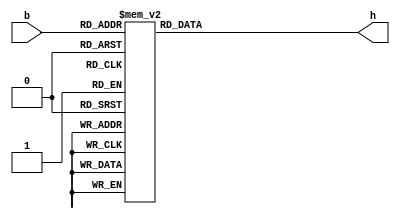
module bcd7seg(
	 input  [3:0] b,
	 output reg [6:0] h
	 );

   //add your code here
	always @(*) begin
       case(b)
	   4'd0:h=7'b1000000;
	   4'd1:h=7'b1111001;
	   4'd2:h=7'b0100100;
	   4'd3:h=7'b0110000;
	   4'd4:h=7'b0011001;
	   4'd5:h=7'b0010010;
	   4'd6:h=7'b0000010;
	   4'd7:h=7'b1111000;
		4'd8:h=7'b0000000;
		4'd9:h=7'b0010000;
       default:h=7'b1000000;
	   endcase
	 end
endmodule